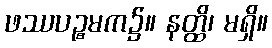
ဖဿပဉ္စမက၌။ နတ္ထိ၊ မရှိ။